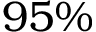
9 5 \%